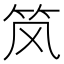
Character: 𮵭